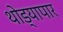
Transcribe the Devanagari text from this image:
थोड्यापार